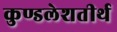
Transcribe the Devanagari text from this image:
कुण्डलेशतीर्थ